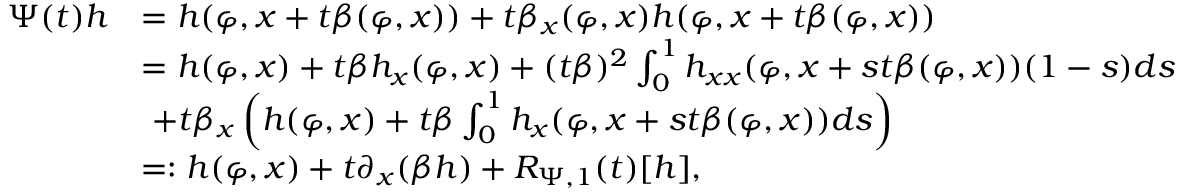
\begin{array} { r l } { \Psi ( t ) h } & { = h ( \varphi , x + t \beta ( \varphi , x ) ) + t \beta _ { x } ( \varphi , x ) h ( \varphi , x + t \beta ( \varphi , x ) ) } \\ & { = h ( \varphi , x ) + t \beta h _ { x } ( \varphi , x ) + ( t \beta ) ^ { 2 } \int _ { 0 } ^ { 1 } h _ { x x } ( \varphi , x + s t \beta ( \varphi , x ) ) ( 1 - s ) d s } \\ & { \ + t \beta _ { x } \left( h ( \varphi , x ) + t \beta \int _ { 0 } ^ { 1 } h _ { x } ( \varphi , x + s t \beta ( \varphi , x ) ) d s \right) } \\ & { = : h ( \varphi , x ) + t \partial _ { x } ( \beta h ) + R _ { \Psi , 1 } ( t ) [ h ] , } \end{array}